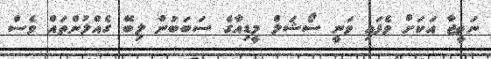
ނަތީޖާ އަކަށް ވެފައި ވަނީ ސޯޝަލް މީޑިއާގެ ސަބަބުން ލިބޭ ގެއްލުންތައް ވެސް